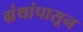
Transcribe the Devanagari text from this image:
ग्रंथांपासून